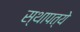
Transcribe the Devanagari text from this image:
स्थापत्ये